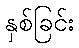
နှစ်ခြင်း